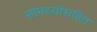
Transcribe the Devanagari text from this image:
सामर्थ्यासहित